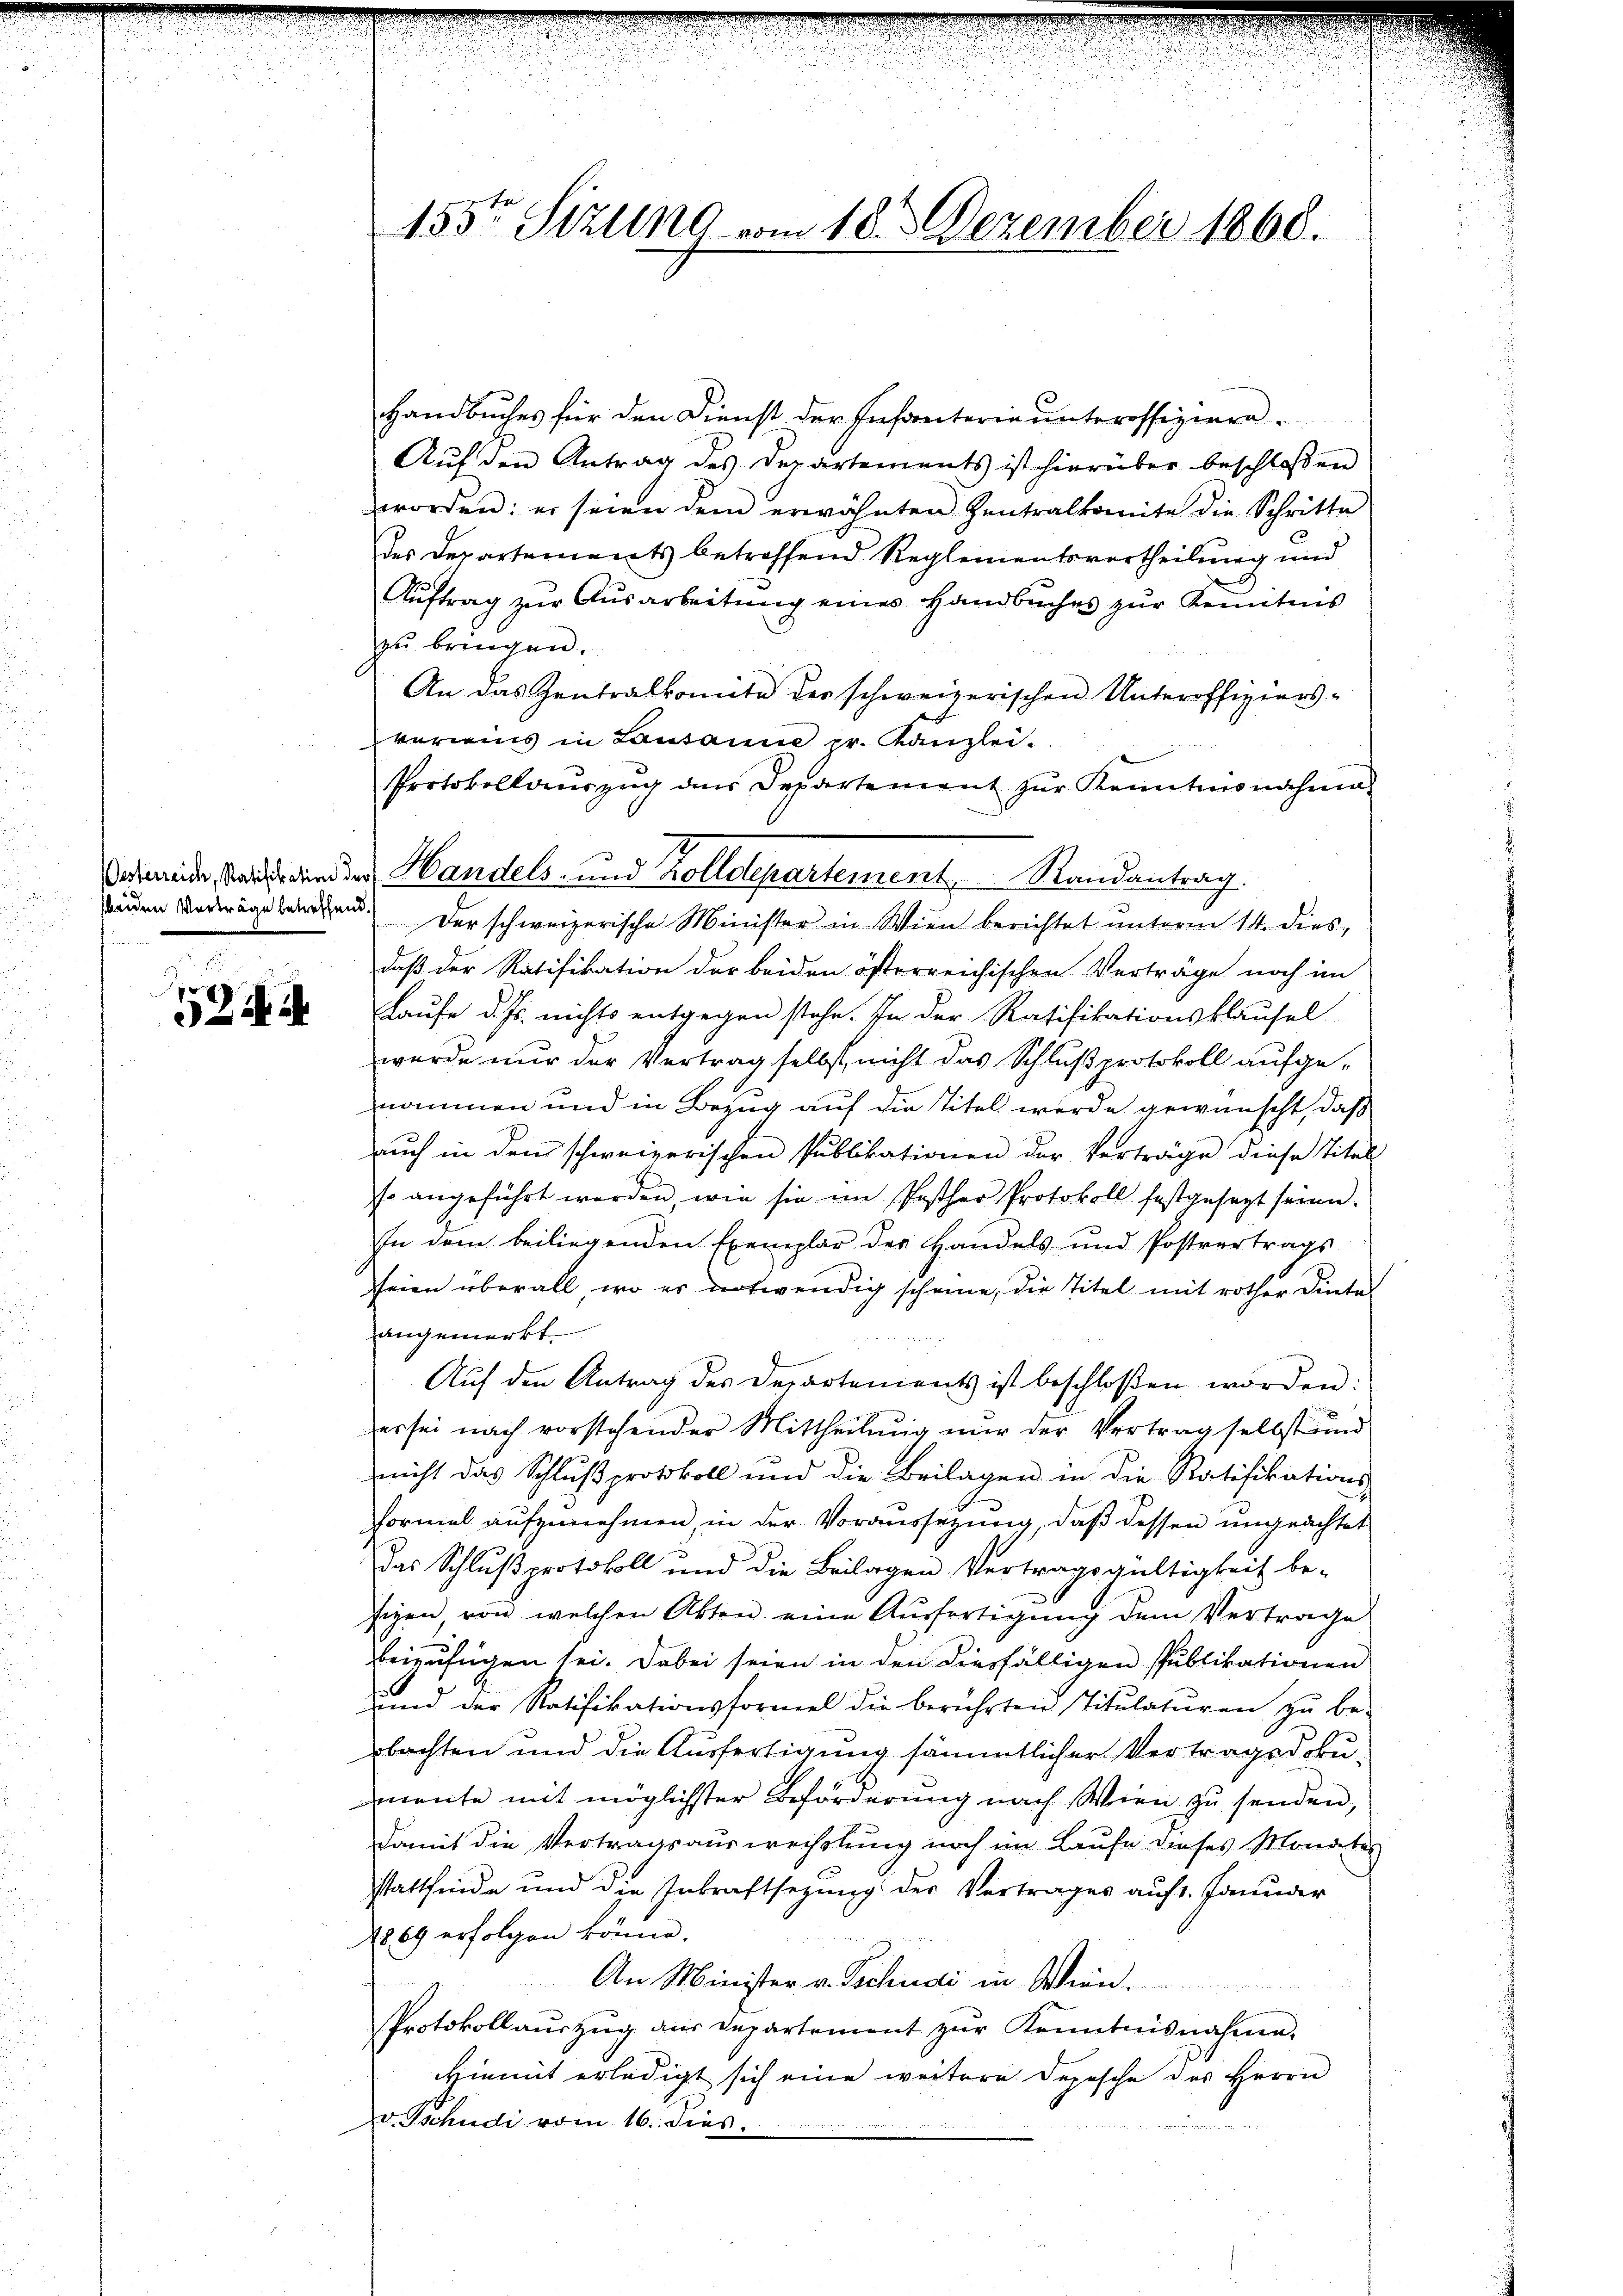
24

155ten Sizung vom 18. Dezember 1868.

Handbuches für den Dienst der Infanterie unteroffiziere.
Aŭf den Antrag des Departements ist hierüber beschloßen
worden: er seien dem erwähnten Zentralkomite die Schritte
der Departements betreffend Reglementsvortheilung und
Aŭftrag zŭr Aŭsarbeitŭng eines Handbuches zŭr Kenntnis
zu bringen.
An das Zentralkomite des schweizerischen Unteroffiziers-
vereins in Lausanne pr. Kanzlei.
Protokollauszug an Departement zur Kenntnisnahme
senden Verträge betreten verschweizerische Minister in Wien berichtet unterm 14. dies,
daß der Ratifikation der beiden österreichischen Verträge noch im
Laufe d. Js. nichts entgegen stehe. In der Ratifikationsklausel
wurde nur der Vertrag selbst nicht das Schlußprotokoll aufgenommen und in Bezug auf die Titel werde gewünscht, daß
aŭch in den schweizerischen Pŭblikationen der Verträge diese Titel
so angeführt werden, wie sie im Posther Protokoll festgesagt seien.
In dem beiliegenden Exemplar des Handels und Postvertrags-
seien überall, wo es notwendig scheine, die Titel mit rother Dintel
angemerkt.
Aŭf den Antrag des Departements ist beschloßen worden:
er sei nach vorstehender Mittheilŭng nŭr der Vertrag selbst und
nicht das Schlŭβprotokoll und die Beilagen in die Ratifikations-
Formel aufzunehmen, in der Voraussetzung, daß dessen ungeachtet
das Schlußprotokoll und die Beilagen Vertragsgültigkeit be-
sigen von welchen Akten eine Aŭsfertigŭng dem Vertrage
beizufügen sei. Dabei seien in den diesfälligen Publikationen
s
und der Ratifikationsformel die berührten Titulaturen zu be-
bachten und die Ausfertigung sämmtlicher Vertragsdoku-
mnente mit möglichster Beförderung nach Wien zŭ senden,
damit die Vertragsauswechslung noch im Laufe dieses Monaten
stattfinde und die Inkraftsezung des Vertrages auf 1. Januar
2869 erfolgen könne.
An Minister v. Tschudi in Wien.
Protokollaŭszŭg aŭs Departement zŭr Kenntnisnahme.
Hiemit erledigt sich eine weitere Depesche des Herrn
v. Tschudi vom 16. dies

ad meinde Stadts andere Handels- und Zolldepartement Randantrag.